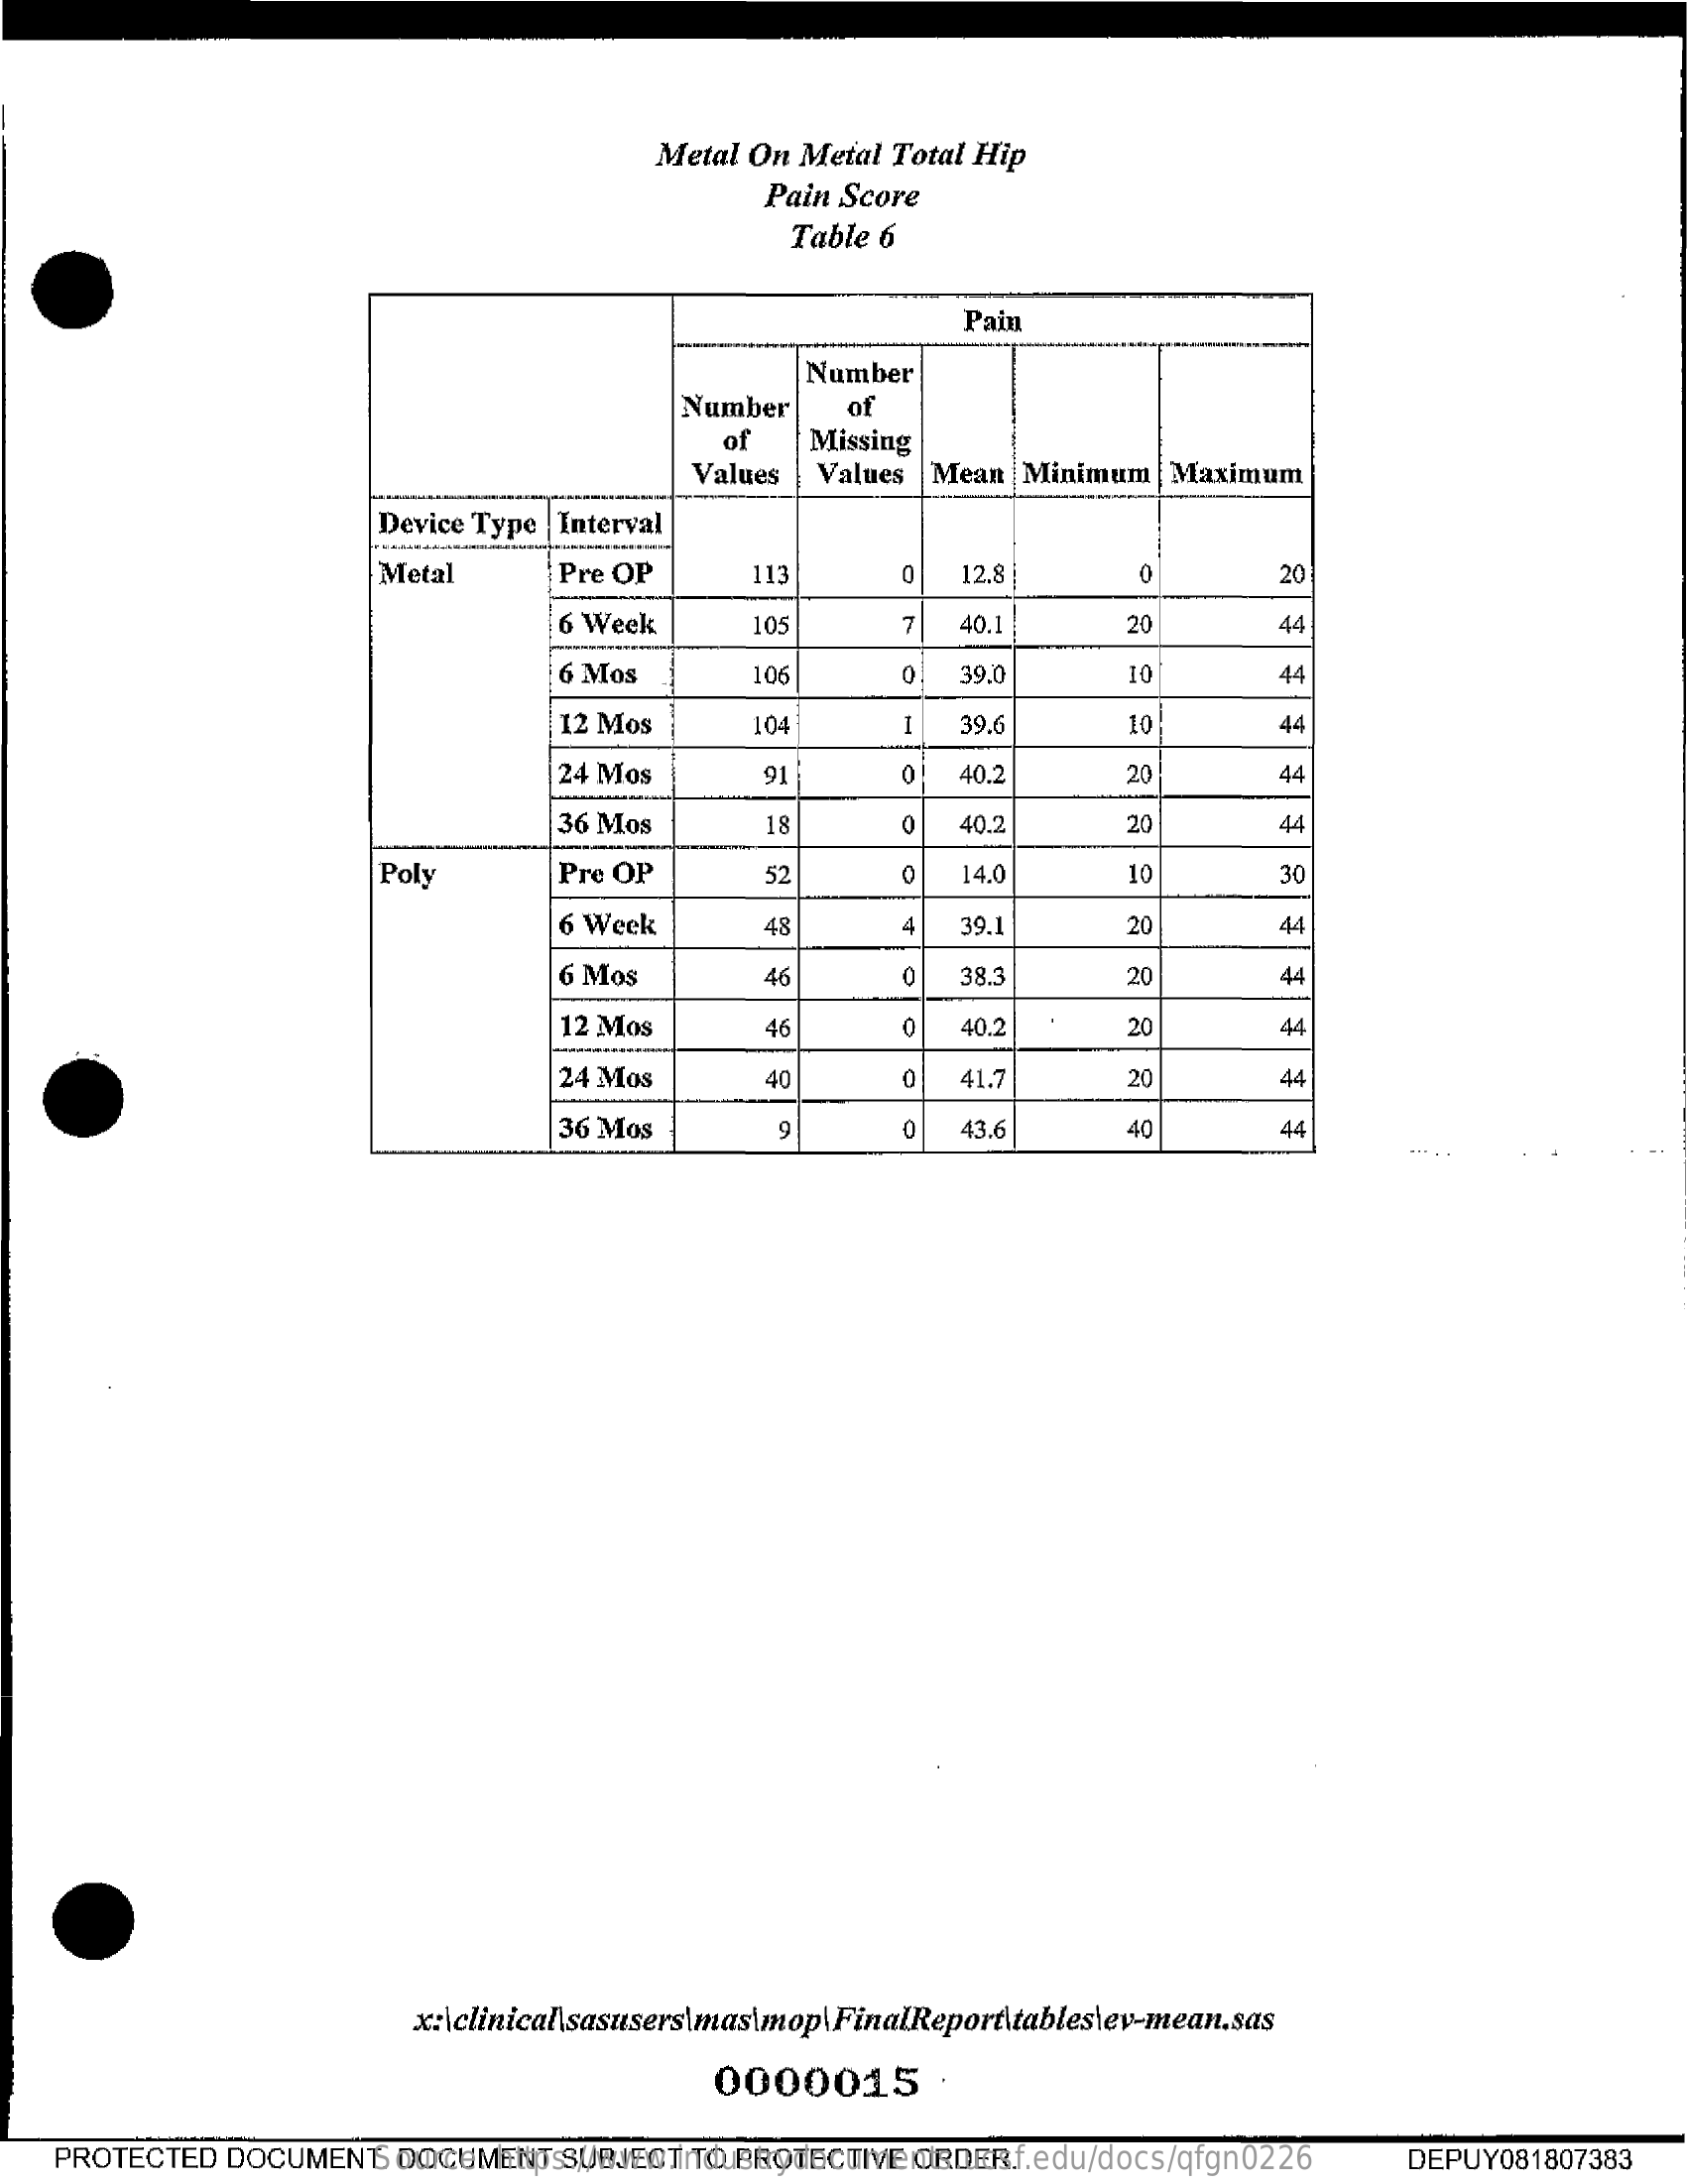
Metal  On  Metal  Total  Hip
     Pain  Score
     Table  6
     Pain
     Number
     Number    of
     of    Missing
     Values    Values   Mean   Minimum    | Maximum
     Device Type  | Interval
     Metal    Pre OP    113    12.8 |    20
     6 Week    105    40.1    20    44
     6 Mos    106    39.0    10    44
     12 Mos    104    39.    44
     24 Mos    91    40.2    20    44
     36 Mos    18    0    40.2    20    44
     Poly    Pre OP    14.0
     o
     52    10    30
     6 Week    48    4   39.1    20    44
     6 Mos    46    38.3    20    44
     12 Mos    46    40.2    20    44
     24 Mos    40    41.7    20    44
     36 Mos    9    43.6    40    44
     0000015    .
    PROTECTED    DOCUMENT.    DOCUMENT    SUBJECT   TO  PROTECTIVE    ORDER. Source: https://www.industrydocuments.ucsf.edu/docs/qfgn0226 DEPUY081807383